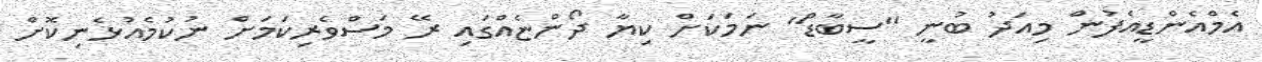
އެމްއެންޑީއެފުން މިއަދު ބުނީ ''ސީބާޑް'' ނަމަކަށް ކިޔާ ދޯންޏެއްގައި ރޭ މަސްވެރިކަމަށް ނުކުމެއުޅެނިކޮށް